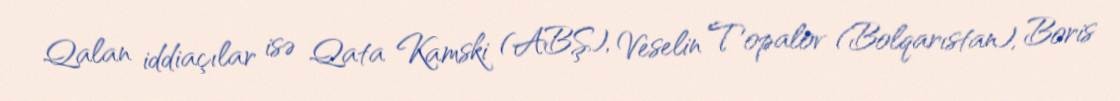
Qalan iddiaçılar isə Qata Kamski (ABŞ), Veselin Topalov (Bolqarıstan), Boris